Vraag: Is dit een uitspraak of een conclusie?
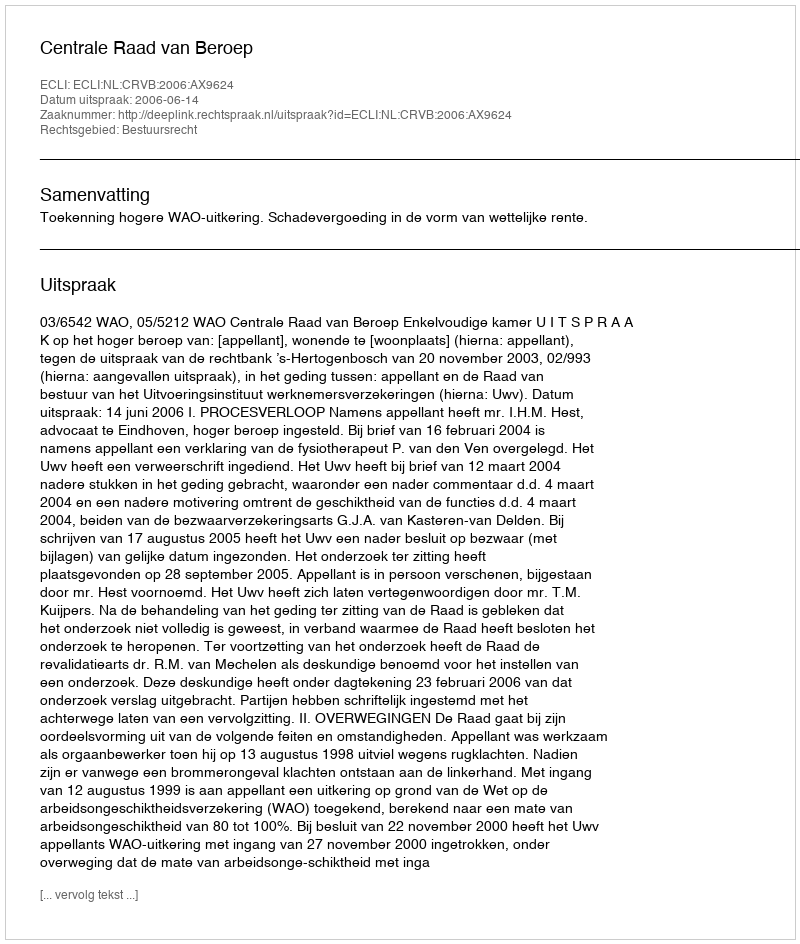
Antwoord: Uitspraak